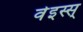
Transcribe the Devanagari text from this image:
वेइस्स्